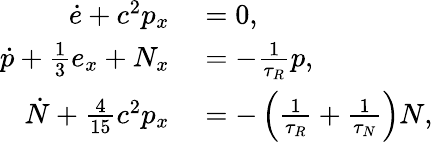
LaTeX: \begin{array}{rl}{\dot{e}+c^{2}p_{x}}&{{}=0,}\\ {\dot{p}+\frac{1}{3}e_{x}+N_{x}}&{{}=-\frac{1}{\tau_{R}}p,}\\ {\dot{N}+\frac{4}{15}c^{2}p_{x}}&{{}=-\left(\frac{1}{\tau_{R}}+\frac{1}{\tau_{N}}\right)N,}\end{array}